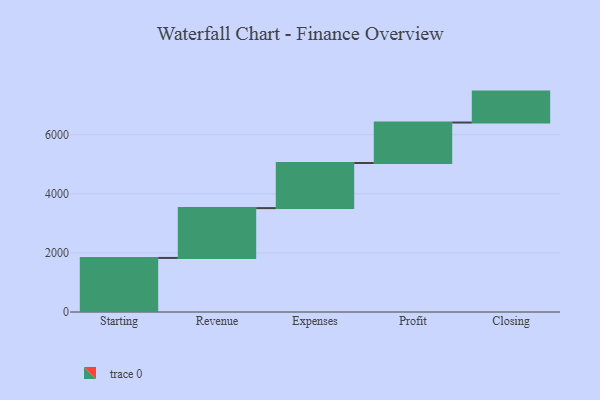
{"axis": {"x": "Step", "y": "Value"}, "legend": [""], "data": [{"x": "Starting", "y": 1830.0, "type": ""}, {"x": "Revenue", "y": 1686.0, "type": ""}, {"x": "Expenses", "y": 1527.0, "type": ""}, {"x": "Profit", "y": 1370.0, "type": ""}, {"x": "Closing", "y": 1047.0, "type": ""}]}